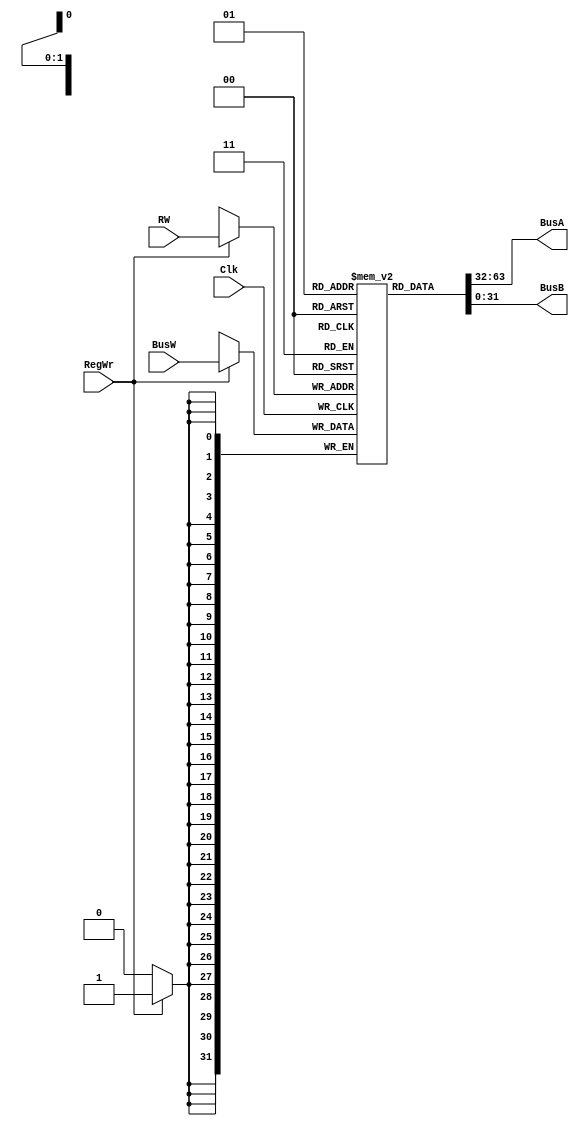
module MiniRegisterFile(BusA, BusB, BusW, RW, RegWr, Clk);
    output [31:0] BusA;
    output [31:0] BusB;
    input [31:0] BusW;
    input RW;
    input RegWr;
    input Clk;
    reg [31:0] registers [1:0];
     
    assign #2 BusA = registers[0];
    assign #2 BusB = registers[1];
     
    always @ (negedge Clk) begin
        if(RegWr)
            registers[RW] <= #3 BusW;
    end
endmodule